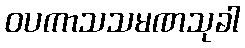
ဝပကာသသမဏသုခါ